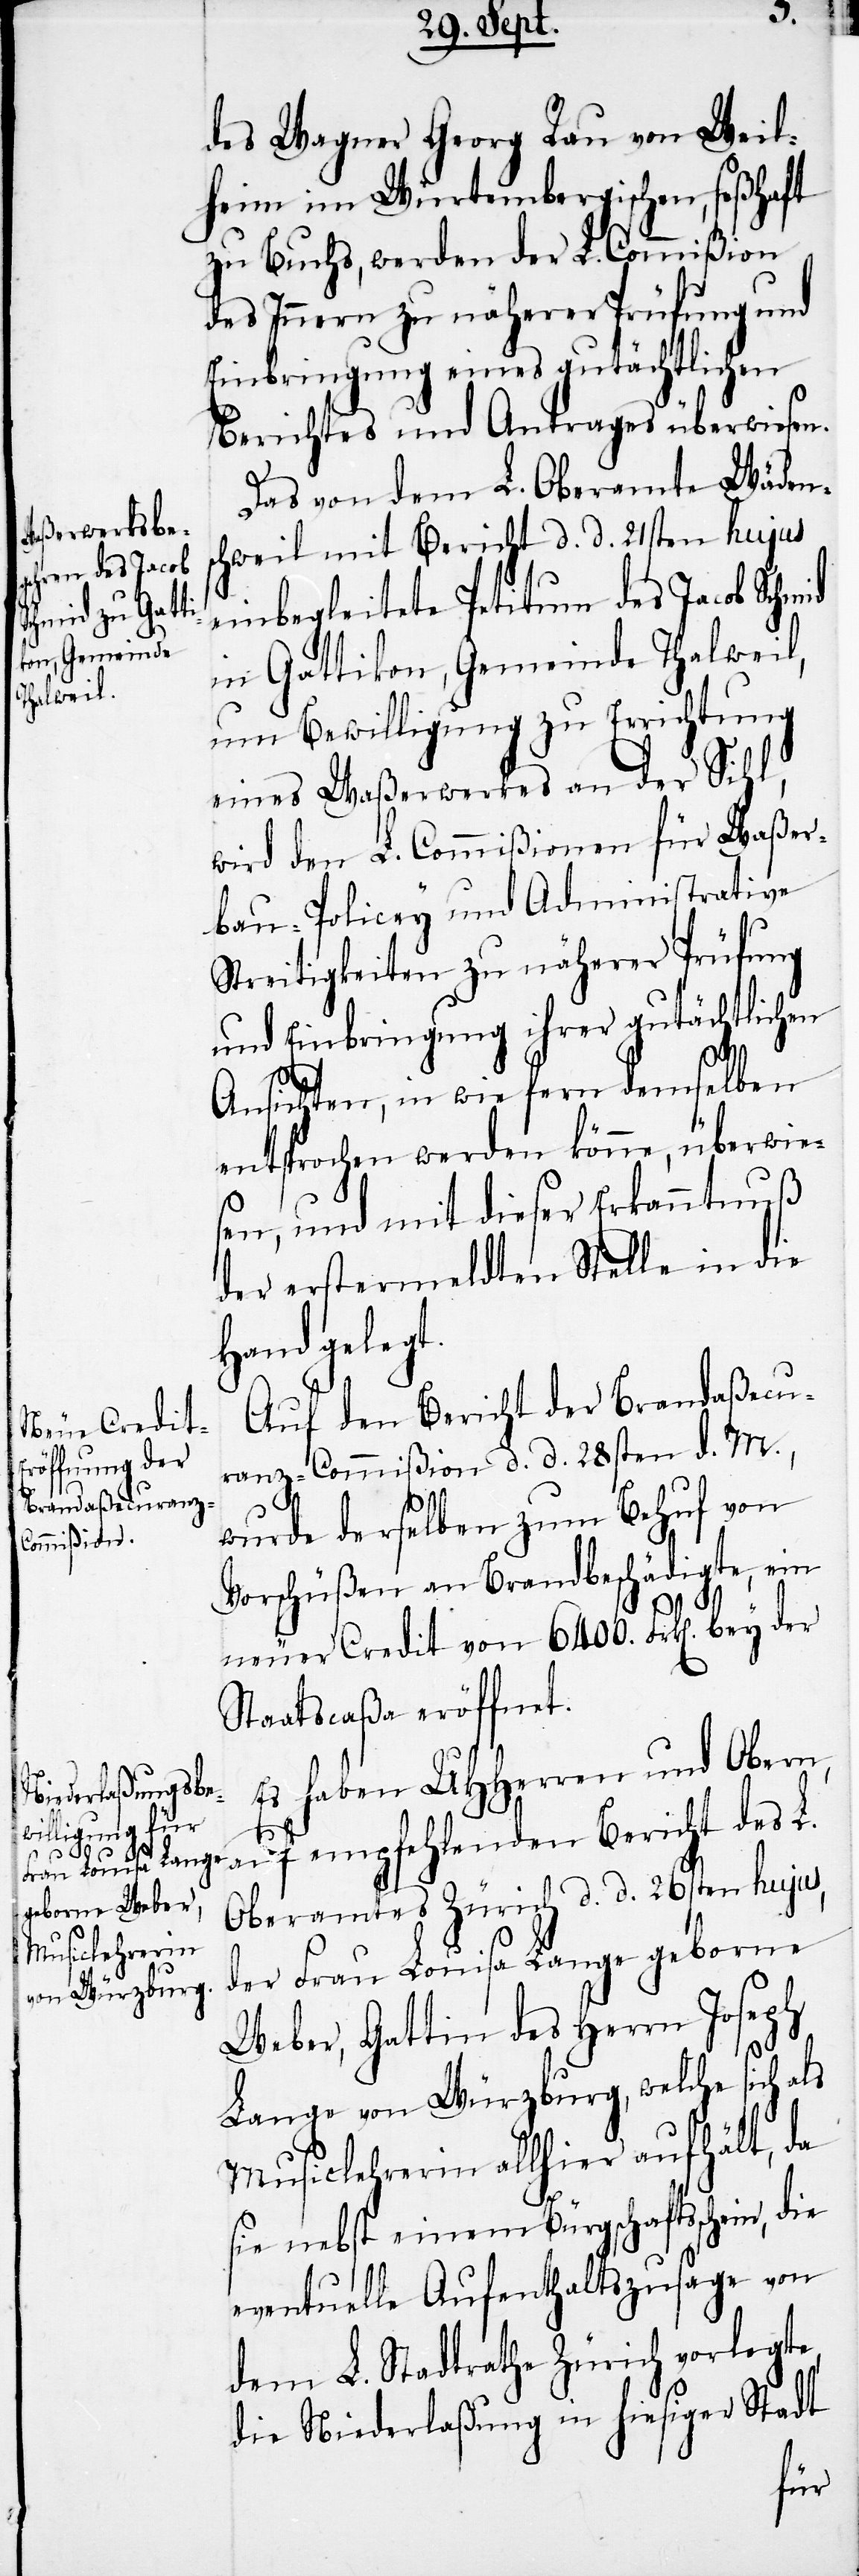
des Wagner Georg Rau von Weil¬
heim im Würtembergischen, seßhaft
zu Buchs, werden der L. Commißion
des Innern zu näherer Prüfung und
Einbringung eines gutächtlichen
Berichtes und Antrages überwiesen.
Das von dem L. Oberamte Wädens¬
chweil mit Bericht d. d. 21sten hujus
einbegleitete Petitum des Jacob Schmid
in Gattikon, Gemeinde Thalweil,
um Bewilligung zu Errichtung
eines Waßerwerkes an der Sihl,
wird den L. Commißionen für Waßer¬
bau-Policey und Administrative
Streitigkeiten zu näherer Prüfung
und Einbringung ihrer gutächtlichen
Ansichten, in wie fern demselben
entsprochen werden könne, überwie¬
sen, und mit dieser Erkanntnuß
der erstermeldten Stelle in die
Hand gelegt.
Auf den Bericht der Brandaßecu¬
ranz-Commißion d. d. 28sten d. M.,
wurde derselben zum Behuf von
Vorschüßen an Brandbeschädigte, ein
neuer Credit von 6400. Frk[en]. bey
Staatscaßa eröffnet.
Es haben UHHerren und Obern,
auf empfehlenden Bericht des L.
Oberamtes Zürich d. d. 26sten hujus,
der Frau Louisa Lange geborne
Weber, Gattin des Herrn Joseph
Lange von Würzburg, welche sich als
Musiclehrerin allhier aufhält, da
sie nebst einem Bürgschaftsschein,
eventuelle Aufenthaltszusage von
dem L. Stadtrathe Zürich vorlegte,
die Niederlaßung in hiesiger Stadt